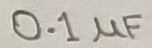
Text: 0.1µF